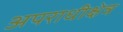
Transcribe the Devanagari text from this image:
अपराधीक्षेत्र